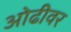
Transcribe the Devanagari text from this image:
ओढीवर